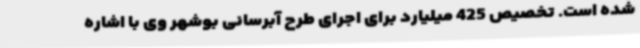
شده است. تخصیص 425 میلیارد برای اجرای طرح آبرسانی بوشهر وی با اشاره